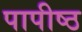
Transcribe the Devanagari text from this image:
पापीष्ठ